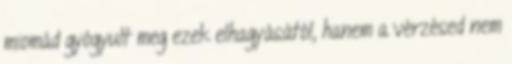
miomád gyógyult meg ezek elhagyásától, hanem a vérzésed nem